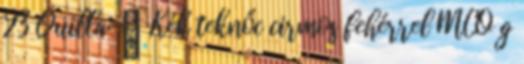
23 Quilla: ♀ Kék teknőc cirmos fehérrel MCO g